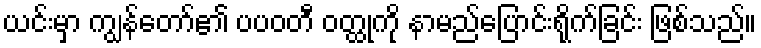
ယင်းမှာ ကျွန်တော်၏ ပပဝတီ ဝတ္ထုကို နာမည်ပြောင်းရိုက်ခြင်း ဖြစ်သည်။